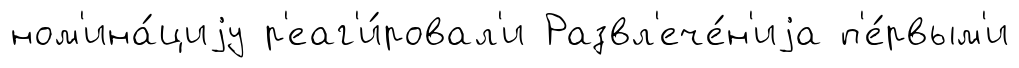
ном'ина́циjу р'еаг'и́ровал'и Развл'ече́н'иjа п'е́рвым'и